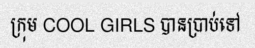
ក្រុម COOL GIRLS បានប្រាប់ទៅ